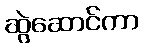
ဆွဲဆောင်ကာ